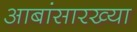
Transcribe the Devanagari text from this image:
आबांसारख्या